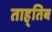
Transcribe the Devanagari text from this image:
ताह्तिब